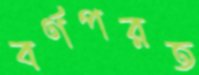
বর্ণপরত